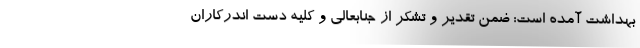
بهداشت آمده است: ضمن تقدیر و تشکر از جنابعالی و کلیه دست اندرکاران